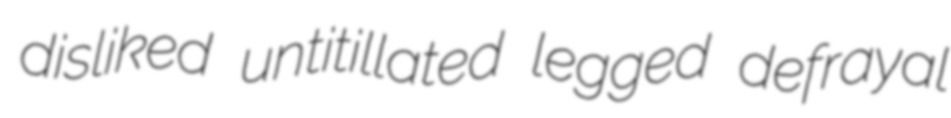
disliked untitillated legged defrayal